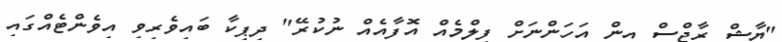
"ޔާޝް ރާޖްސް އިން އަހަންނަށް ފިލްމެއް އޮފާއެއް ނުކުރޭ" ދިޕިކާ ބައިވެރިވި އިވެންޓެއްގައި